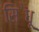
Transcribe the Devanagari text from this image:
सि॓धू